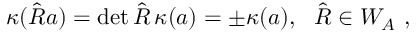
\kappa ( \hat { R } a ) = \operatorname * { d e t } { \hat { R } } \, \kappa ( a ) = \pm \kappa ( a ) , \ \ \hat { R } \in W _ { A } \ ,